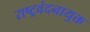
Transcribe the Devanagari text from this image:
राष्ट्रवंदनायुक्त